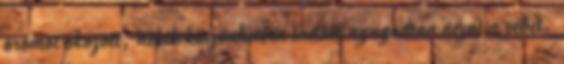
örömöt okozott, nekik köszönhetően tudom nyugodtan nézni a vébét.